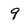
Character: 9